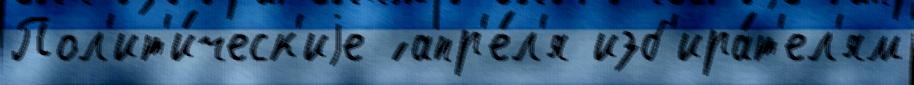
Пол'ит'и́ческ'иjе ́ апр'е́л'я изб'ира́т'ел'ям